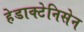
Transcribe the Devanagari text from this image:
हेडाक्टेनिसेन